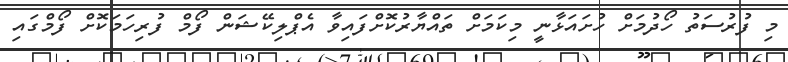
މި ފުރުސަތު ހޯދުމަށް ހުށައަޅާނީ މިކަމަށް ތައްޔާރުކޮށްފައިވާ އެޕްލިކޭޝަން ފޯމް ފުރިހަމަކޮށް ފޯމްގައި